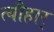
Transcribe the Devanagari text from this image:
त्यौहार्